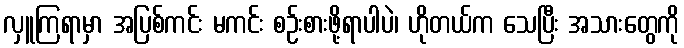
လှူကြရာမှာ အပြစ်ကင်း မကင်း စဉ်းစားဖို့ရာပါပဲ၊ ဟိုတယ်က သေပြီး အသားတွေကို